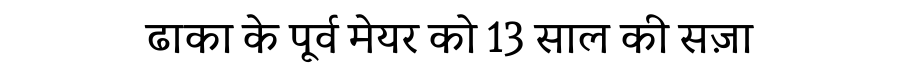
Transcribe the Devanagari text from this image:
ढाका के पूर्व मेयर को 13 साल की सज़ा